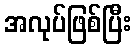
အလုပ်ဖြစ်ပြီး